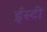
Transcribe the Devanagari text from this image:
ईस्टी